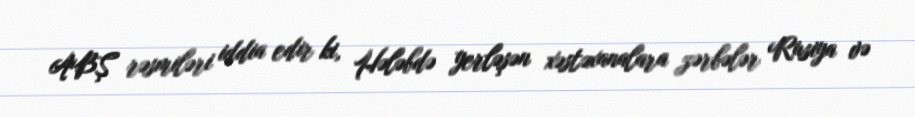
ABŞ rəsmiləri iddia edir ki, Hələbdə yerləşən xəstəxanalara zərbələr Rusiya və